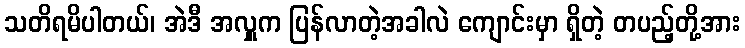
သတိရမိပါတယ်၊ အဲဒီ အလှူက ပြန်လာတဲ့အခါလဲ ကျောင်းမှာ ရှိတဲ့ တပည့်တို့အား